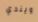
ويندي